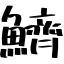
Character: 鱭